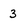
Character: 3